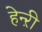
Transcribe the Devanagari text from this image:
हेन्ऱी